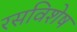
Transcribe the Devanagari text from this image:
रसविशेष